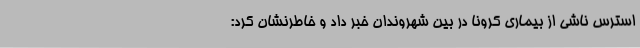
استرس ناشی از بیماری کرونا در بین شهروندان خبر داد و خاطرنشان کرد: